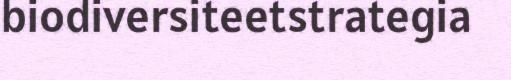
biodiversiteetstrategia